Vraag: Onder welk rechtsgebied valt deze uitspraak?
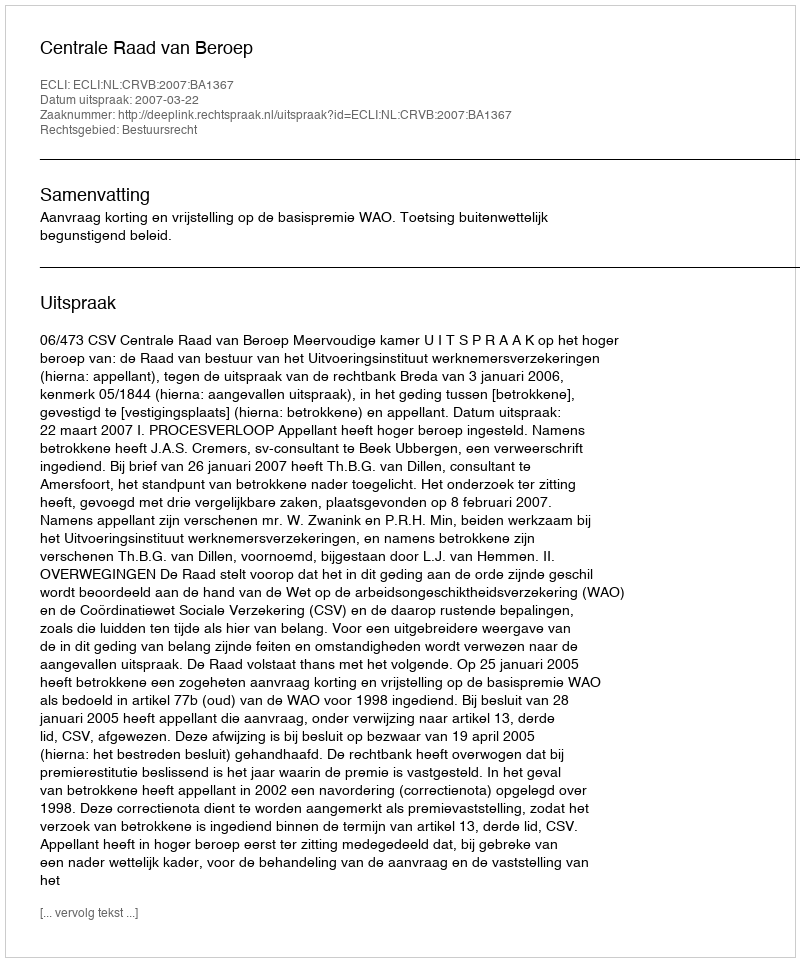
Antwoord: Bestuursrecht